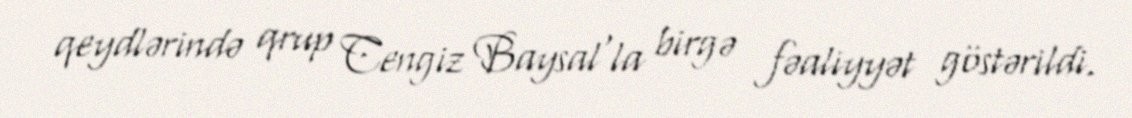
qeydlərində qrup Cengiz Baysal'la birgə fəaliyyət göstərildi.